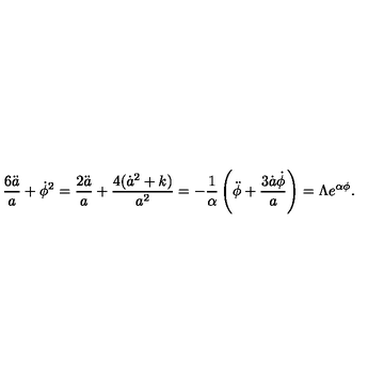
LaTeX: \frac { 6 \ddot { a } } { a } + \dot { \phi } ^ { 2 } = \frac { 2 \ddot { a } } { a } + \frac { 4 ( \dot { a } ^ { 2 } + k ) } { a ^ { 2 } } = - \frac { 1 } { \alpha } \left( \ddot { \phi } + \frac { 3 \dot { a } \dot { \phi } } { a } \right) = \Lambda e ^ { \alpha \phi } .